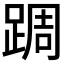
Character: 𨂊